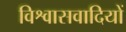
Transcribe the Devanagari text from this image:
विश्वासवादियों